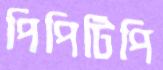
পিপিটিপি